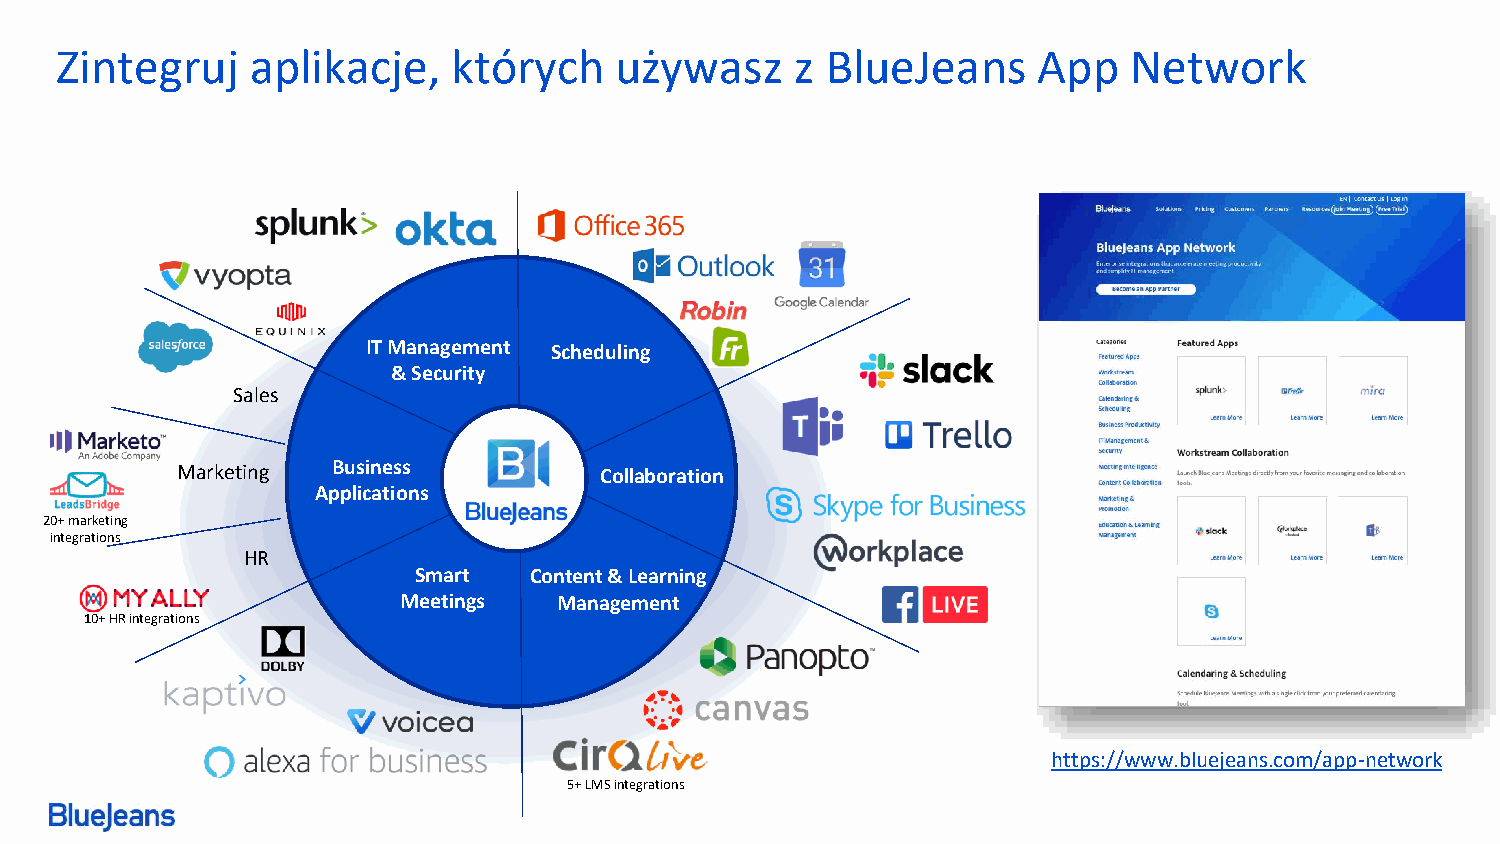
Zintegruj    aplikacje,   których    używasz     z BlueJeans     App   Network
 IT Management Scheduling
 & Security
 Sales
 Marketing Business   Ç√     Collaboration
 Applications
 20+ marketing
 integrations
 HR
 Smart   Content & Learning
 Meetings   Management
 10+ HR integrations
 https://www.bluejeans.com/app-network
 5+ LMS integrations
 © 2019 Blue Jeans Network, Inc. | Page 6